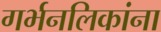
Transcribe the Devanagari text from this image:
गर्भनलिकांना